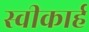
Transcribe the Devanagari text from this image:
स्वीकार्ह